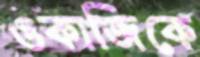
ওকাজিকে